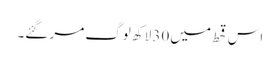
اس قحط میں 30 لاکھ لوگ مر گئے۔